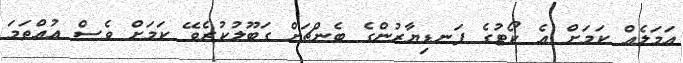
އަމަލެއް ކަމަށް އެ ކޯޓުގެ ފަނޑިޔާރުންގެ ބެންޗަށް ގަބޫލުކުރެވޭ ކަމަށް ވެސް އުއްތަމަ